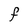
Character: F